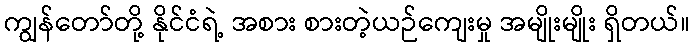
ကျွန်တော်တို့ နိုင်ငံရဲ့ အစား စားတဲ့ယဉ်ကျေးမှု အမျိုးမျိုး ရှိတယ်။